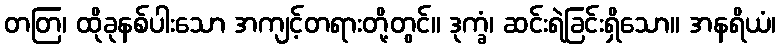
တတြ၊ ထိုခုနစ်ပါးသော အကျင့်တရားတို့တွင်။ ဒုက္ခံ၊ ဆင်းရဲခြင်းရှိသော။ အနရိယံ၊